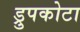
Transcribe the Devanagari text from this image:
ड्रुपकोटा